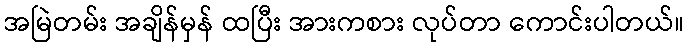
အမြဲတမ်း အချိန်မှန် ထပြီး အားကစား လုပ်တာ ကောင်းပါတယ်။